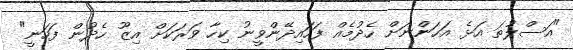
"އަސްލުތަ އަޅެ އަހަންނަށް ހެދުމެއް ފަހައިދޭންވީނު ކިހާ ވަރަކަށް އިޒޫ ހެދުން ފަހަނީ"